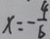
x = - \frac { 4 } { 6 }